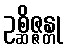
ဥစ္ဆိဇ္ဇန္တု